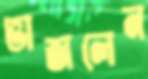
ভাজলেন